Vaccination in Bombay 1869-1873 - 1869-1873
Year: 1869
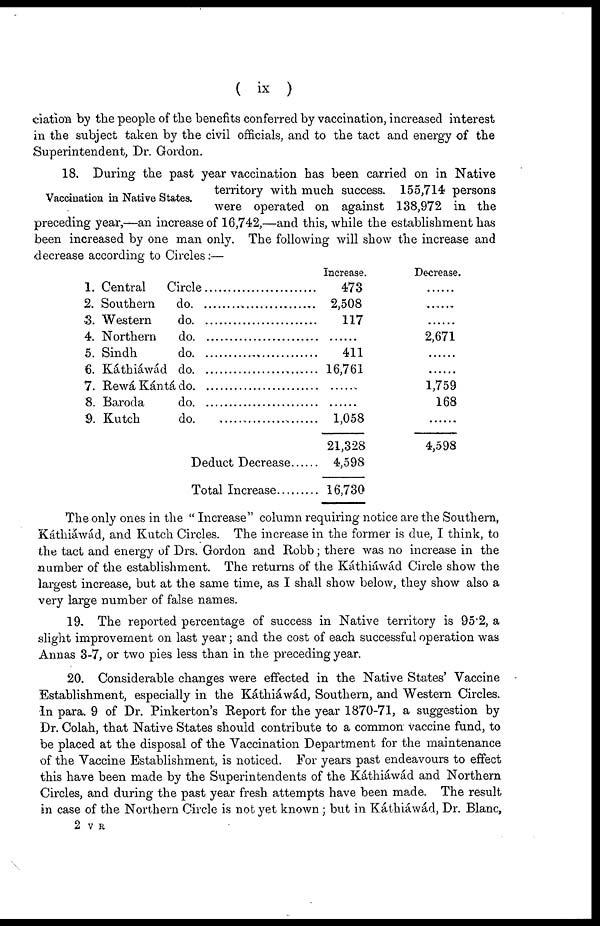
( ix )
ciation by the people of the benefits conferred by vaccination, increased interest
in the subject taken by the civil officials, and to the tact and energy of the
Superintendent, Dr. Gordon.
Vaccination in Native States.
18. During the past year vaccination has been carried on in Native
territory with much success. 155,714 persons
were operated on against 138,972 in the
preceding year,—an increase of 16,742,—and this, while the establishment has
been increased by one man only. The following will show the increase and
decrease according to Circles:—
1. Central
Circle
2. Southern do. .............................
3. Western do. ...............................
4. Northern do. ..............................
5. Sindh do. ...................................
6. Káthiáwád do. ...........................
7. Rewá Kántá do
.
8. Baroda do. ................................
9. Kutch
do
Deduct Decrease
Total Increase
Increase.
473
2,508
117
......
411
16,761
......
......
1,058
21,328
4,598
16,730
Decrease.
......
......
......
2,671
......
......
1,759
168
......
4,598
The only ones in the " Increase" column requiring notice are the Southern,
Káthiáwád, and Kutch Circles. The increase in the former is due, I think, to
the tact and energy of Drs. Gordon and Robb; there was no increase in the
number of the establishment. The returns of the Káthiáwád Circle show the
largest increase, but at the same time, as I shall show below, they show also a
very large number of false names.
19. The reported percentage of success in Native territory is 95.2, a
slight improvement on last year; and the cost of each successful operation was
Annas 3-7, or two pies less than in the preceding year.
20. Considerable changes were effected in the Native States' Vaccine
Establishment, especially in the Káthiáwád, Southern, and Western Circles.
In para. 9 of Dr. Pinkerton's Report for the year 1870-71, a suggestion by
Dr. Colah, that Native States should contribute to a common Vaccine fund, to
be placed at the disposal of the Vaccination Department for the maintenance
of the Vaccine Establishment, is noticed. For years past endeavours to effect
this have been made by the Superintendents of the Káthiáwád and Northern
Circles, and during the past year fresh attempts have been made. The result
in case of the Northern Circle is not yet known ; but in Káthiáwád, Dr. Blanc,
2 V R